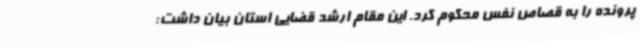
پرونده را به قصاص نفس محکوم کرد. این مقام ارشد قضایی استان بیان داشت: